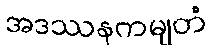
အဒဿနကမျတံ